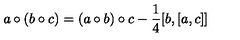
a \circ ( b \circ c ) = ( a \circ b ) \circ c - \frac { 1 } { 4 } [ b , [ a , c ] ]